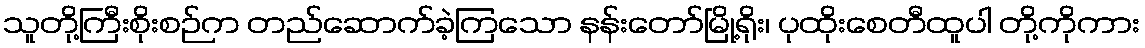
သူတို့ကြီးစိုးစဉ်က တည်ဆောက်ခဲ့ကြသော နန်းတော်မြို့ရိုး၊ ပုထိုးစေတီထူပါ တို့ကိုကား